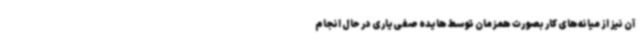
آن نیز از میانه‌های کار بصورت همزمان توسط هایده صفی‌یاری در حال انجام